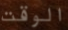
الوقت